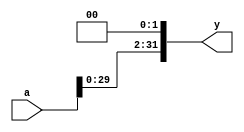
module sl2_32(input  [31:0] a,
           output [31:0] y);

  // shift left by 2
  assign y = {a[29:0], 2'b00};
endmodule